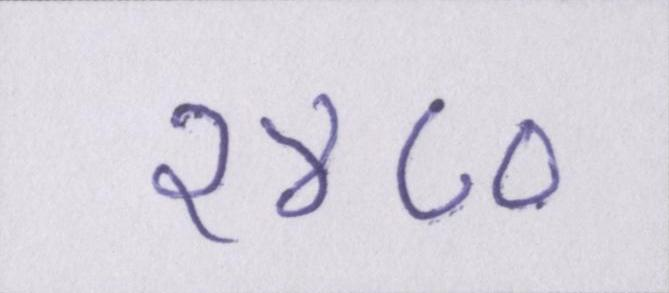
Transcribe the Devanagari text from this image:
१४८०